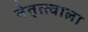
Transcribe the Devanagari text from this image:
नेतृत्त्वाला